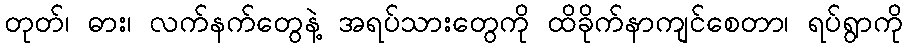
တုတ်၊ ဓား၊ လက်နက်တွေနဲ့ အရပ်သားတွေကို ထိခိုက်နာကျင်စေတာ၊ ရပ်ရွာကို